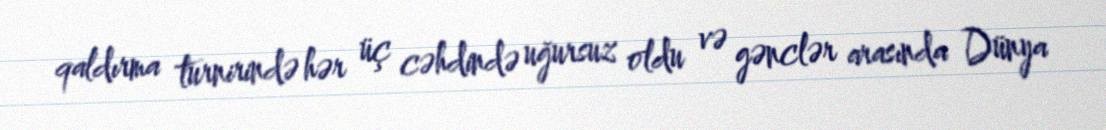
qaldırma turnirində hər üç cəhdində uğursuz oldu və gənclər arasında Dünya